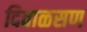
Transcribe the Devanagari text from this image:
दिवाळसण